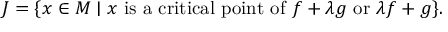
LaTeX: J = \{ x \in M \mid x { \mathrm { ~ i s ~ a ~ c r i t i c a l ~ p o i n t ~ o f ~ } } f + \lambda g { \mathrm { ~ o r ~ } } \lambda f + g \} .